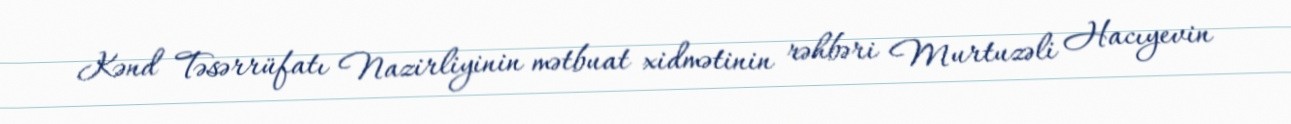
Kənd Təsərrüfatı Nazirliyinin mətbuat xidmətinin rəhbəri Murtuzəli Hacıyevin